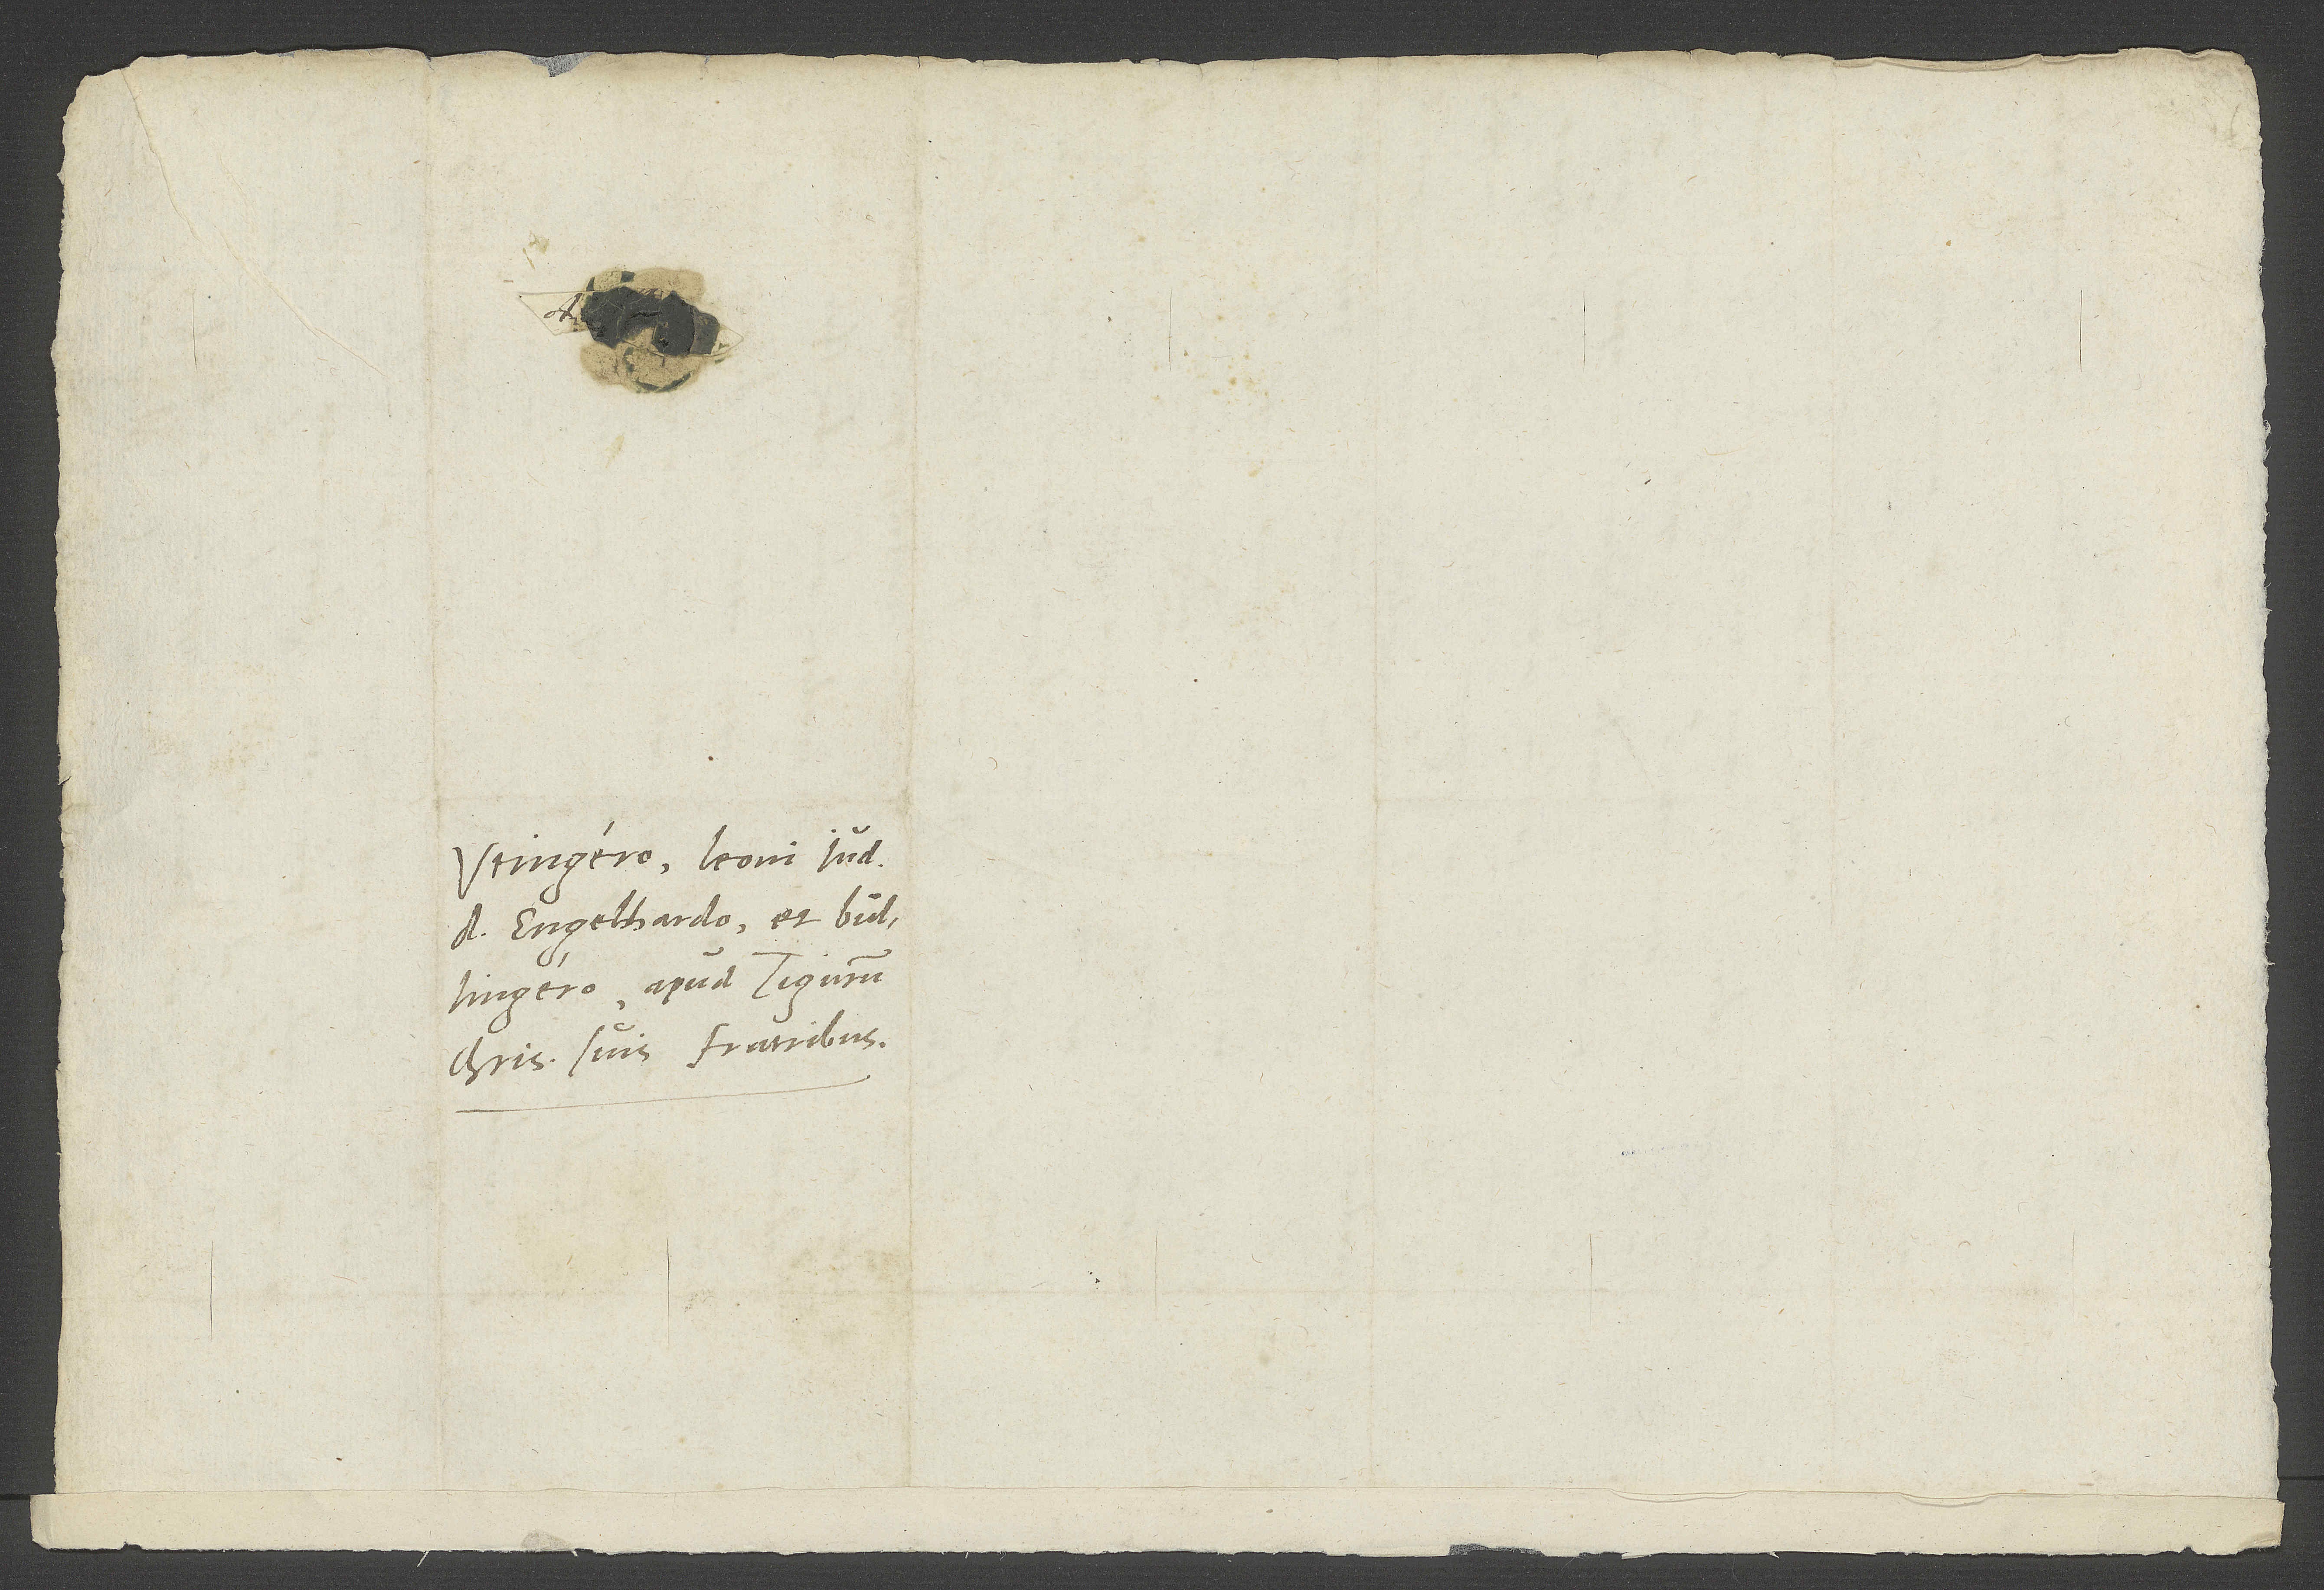
Utingero, Leoni Jud,
D. Engelhardo et Bullingero,
charissimis suis fratribus.